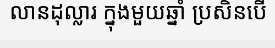
លានដុល្លារ ក្នុងមួយឆ្នាំ ប្រសិនបើ